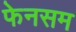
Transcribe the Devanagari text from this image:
फेनसम